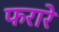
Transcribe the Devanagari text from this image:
फरारे